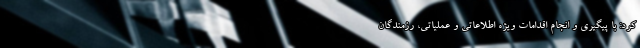
کرد: با پیگیری و انجام اقدامات ویژه اطلاعاتی و عملیاتی، رزمندگان